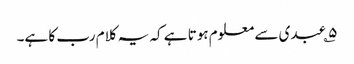
۵؎ عبدی سے معلوم ہوتا ہے کہ یہ کلام رب کا ہے۔